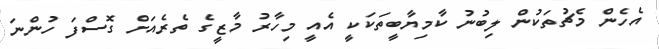
އެހެން މެޗުތަކުން ލިބުނު ކާމިޔާބީތަކަކީ އެއީ މިހާރު މާޒީގެ ތެރެއަށް ގޮސްފަ ހުންނަ